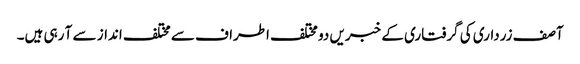
آصف زرداری کی گرفتاری کے خبریں دو مختلف اطراف سے مختلف انداز سے آ رہی ہیں۔